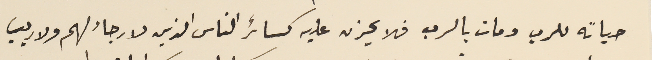
حياته للرب ومات بالرب فلا يحزن عليه كسائر الناس الذين لا رجاء لهم ولا ريب